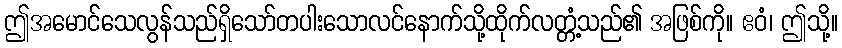
ဤအမောင်သေလွန်သည်ရှိသော်တပါးသောလင်နောက်သို့ထိုက်လတ္တံ့သည်၏ အဖြစ်ကို။ ဧဝံ၊ ဤသို့။